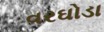
વરઘોડા